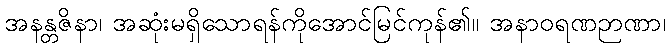
အနန္တဇိနာ၊ အဆုံးမရှိသောရန်ကိုအောင်မြင်ကုန်၏။ အနာဝရဏဉာဏာ၊